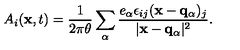
A _ { i } ( { \bf x } , t ) = \frac { 1 } { 2 \pi \theta } \sum _ { \alpha } \frac { e _ { \alpha } \epsilon _ { i j } ( { \bf x } - { \bf q _ { \alpha } } ) _ { j } } { \vert { \bf x } - { \bf q _ { \alpha } } \vert ^ { 2 } } .